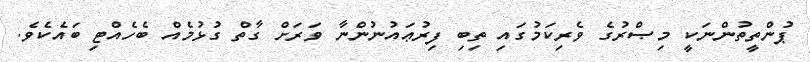
ޕުންތީތުންނަކީ މިޞްރުގެ ވެރިކަމުގައި ތިބި ފިރުޢައުނުންނާ ވަރަށް ގާތް ގުޅުމެއް ބެހެއްޓި ބައެކެވެ.